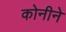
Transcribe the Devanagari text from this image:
कोनीने